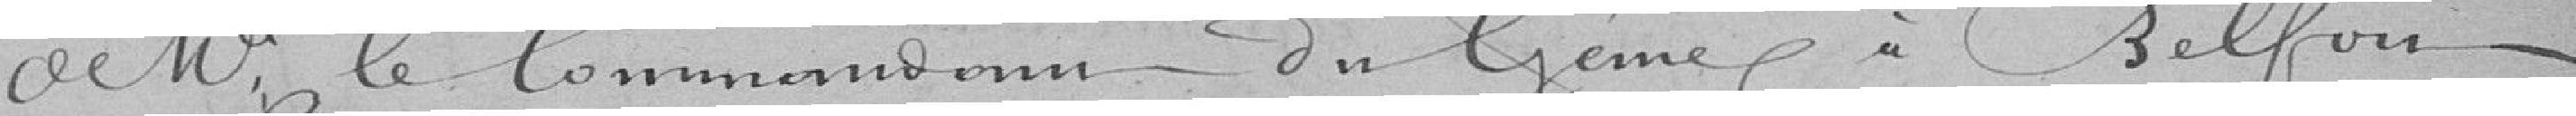
de monsieur le commissaire du Génie à Belfort